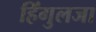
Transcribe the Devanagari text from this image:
हिंगुलजा